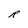
Character: R